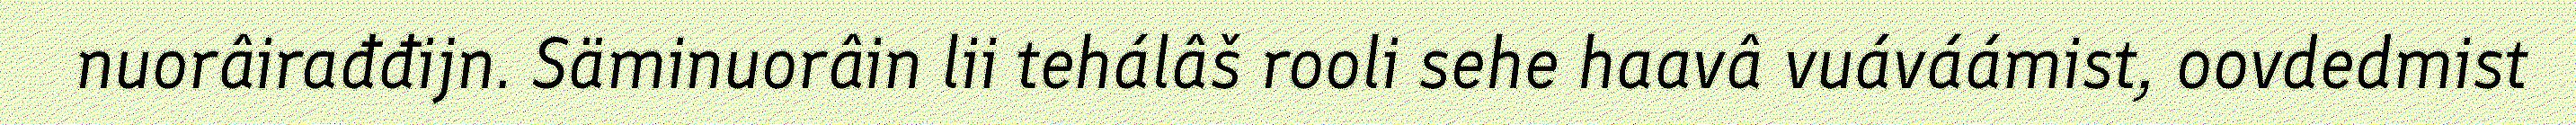
nuorâirađđijn. Säminuorâin lii tehálâš rooli sehe haavâ vuáváámist, oovdedmist